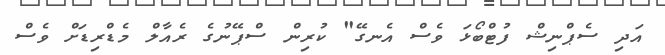
އަދި ސެޕްނިޝް ފުޓްބޯޅަ ވެސް އެނގޭ" ކުރިން ސްޕޭނުގެ ރެއާލް މެޑްރިޑަށް ވެސް